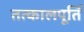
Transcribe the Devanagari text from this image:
तत्कालपूर्ति